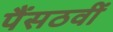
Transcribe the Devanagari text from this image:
पैंसठवीं